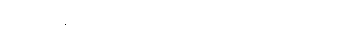
ယူကျုံးမရသော ညည်းညူသံ ထွက်ပေါ်လာသည်။